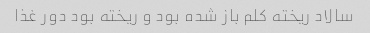
سالاد ریخته کلم باز شده بود و ریخته بود دور غذا